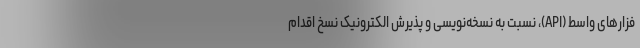
فزارهای واسط (API)، نسبت به نسخه‌نویسی و پذیرش الکترونیک نسخ اقدام